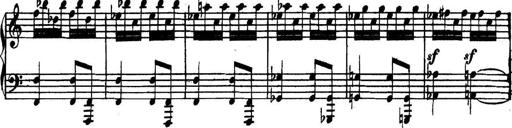
Title: Collected Piano Sonatas
Composer: Muzio Clementi